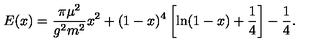
E ( x ) = \frac { \pi \mu ^ { 2 } } { g ^ { 2 } m ^ { 2 } } x ^ { 2 } + ( 1 - x ) ^ { 4 } \left[ \ln ( 1 - x ) + \frac { 1 } { 4 } \right] - \frac { 1 } { 4 } .